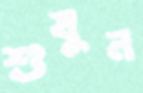
শুষুন